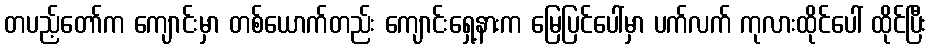
တပည့်တော်က ကျောင်းမှာ တစ်ယောက်တည်း ကျောင်းရှေ့နားက မြေပြင်ပေါ်မှာ ပက်လက် ကုလားထိုင်ပေါ် ထိုင်ပြီး